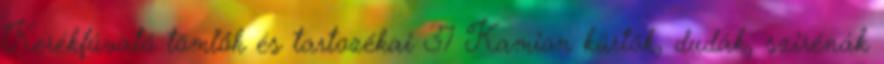
Kerékfúvató tömlők és tartozékai 37 Kamion kürtök, dudák, szirénák